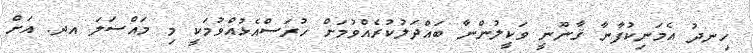
ހިނދު އެމަނިކުފާނާ ޤާނޫނީ ވަކީލުންނާ ބައްދަލުކުރެއްވުމަށް ހުރަސްއެޅުއްވުމަކީ މި މައްސަލަ އދ. އަށް